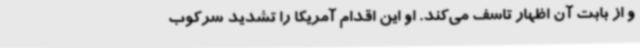
و از بابت آن اظهار تاسف می‌کند. او این اقدام آمریکا را تشدید سرکوب